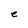
Character: e